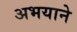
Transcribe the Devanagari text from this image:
अभयाने